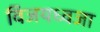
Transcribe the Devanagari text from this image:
विजयध्वजा